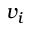
v _ { i }